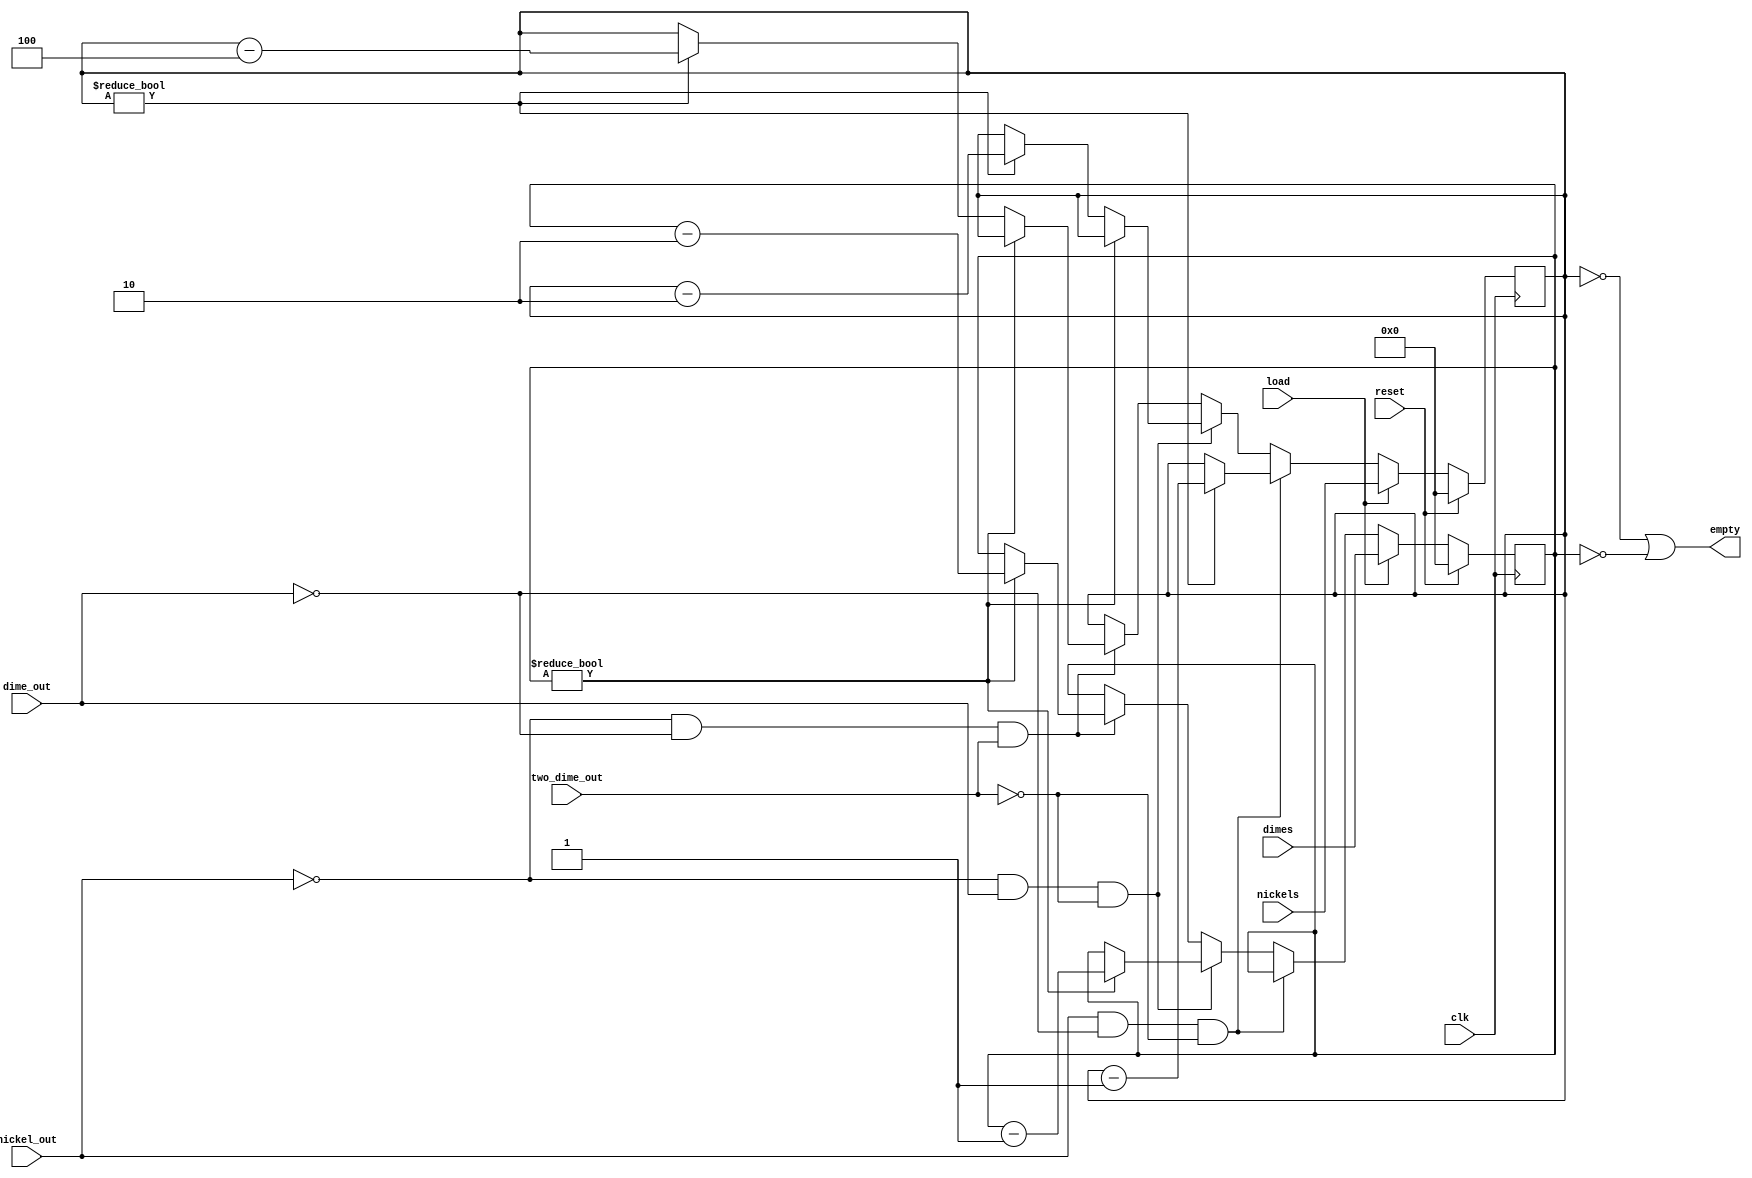
// -------------------------------------------------------
// Copyright (c) 2018 Cadence Design Systems, Inc.
//
// All rights reserved.
//
// Cadence Design Systems Proprietary and Confidential.
// ------------------------------------------------------

module coin_counter (
        empty, clk, reset, dimes, dime_out, load, 
        nickels, nickel_out, two_dime_out
    );

    output empty;
    input clk;
    input reset;
    input [7:0] nickels, dimes;
    input dime_out;
    input nickel_out;
    input two_dime_out;
    input load;

    reg [7:0] nickel_count, dime_count;

    wire empty = !nickel_count || !dime_count;

    always @(posedge clk)
    begin
        if (reset) 
        begin : reset_block
            nickel_count <= 0; 
            dime_count <= 0;
        end
        else if ( load == 1)
        begin : load_block
            nickel_count <= nickels; 
            dime_count <= dimes;
        end
        else if ( nickel_out == 1 && dime_out == 0 && two_dime_out == 0)
        begin : one_nickel_block
            if (nickel_count != 0)
                nickel_count <= sub1(nickel_count);
        end

        else if ( nickel_out == 0 && dime_out == 1 && two_dime_out == 0)
        begin : one_dime_block
            if (dime_count != 0)
                dime_count <= sub1(dime_count);
            else
                if (nickel_count != 0)
                    nickel_count <= sub2(nickel_count);
        end
        else if ( nickel_out == 0 && dime_out == 0 && two_dime_out == 1)
        begin : two_dime_block
            if (dime_count != 0)
                dime_count <= sub2(dime_count);
            else
                if (nickel_count != 0)
                    nickel_count <= sub4(nickel_count);
        end
    end 
    function [7:0] sub1;
        input [7:0] a;
        sub1 = a - 8'h1;
    endfunction
			
    function [7:0] sub2;
        input [7:0] a;
        sub2 = a - 8'h2;
    endfunction

    function [7:0] sub4;
        input [7:0] a;
        sub4 = a - 8'h4;
    endfunction

endmodule